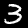
Digit: 3